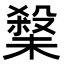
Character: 𭯀